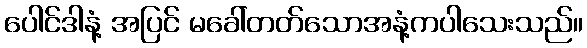
ပေါင်ဒါနံ့ အပြင် မခေါ်တတ်သောအနံ့ကပါသေးသည်။